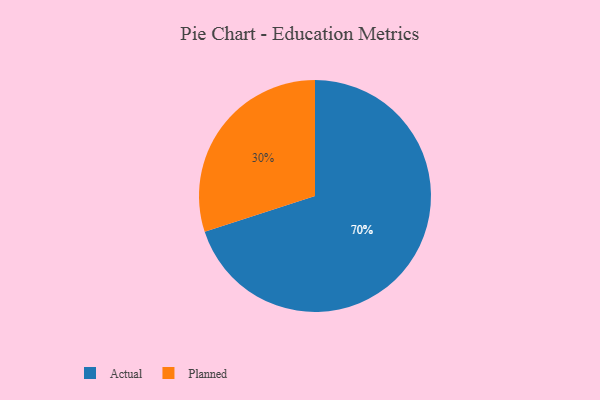
{"axis": {"x": "Category", "y": "Percentage"}, "legend": ["Actual", "Planned"], "data": [{"x": "Actual", "y": 70, "type": "Actual"}, {"x": "Planned", "y": 30, "type": "Planned"}]}